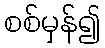
စစ်မှန်၍